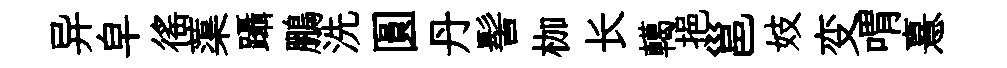
异皁徭蕖躡鵬洗圓丹髻枷长轕挹邕妓变喟憙